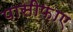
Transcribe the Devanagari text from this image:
पासीफ़ाए